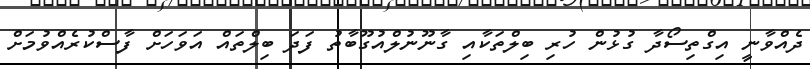
ދެއްވާނީ އިގްތިސޯދާ ގުޅުން ހުރި ބިލްތަކާއި ގާނޫނުލްއުގޫބާތު ފަދަ ބިލްތައް އަވަހަށް ފާސްކުރެއްވުމަށް